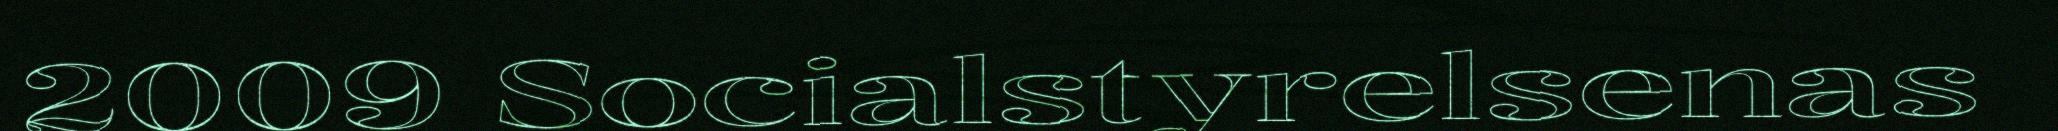
2009 Socialstyrelsenas